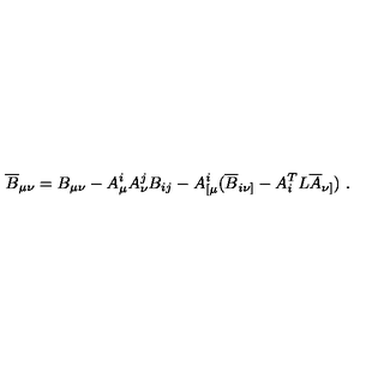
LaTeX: \overline { { B } } _ { \mu \nu } = B _ { \mu \nu } - A _ { \mu } ^ { i } A _ { \nu } ^ { j } B _ { i j } - A _ { [ \mu } ^ { i } ( \overline { { B } } _ { i \nu ] } - A _ { i } ^ { T } L \overline { { A } } _ { \nu ] } ) \ .